Lunatic asylums United Provinces 1909-1921 - 1909-1921
Year: 1909
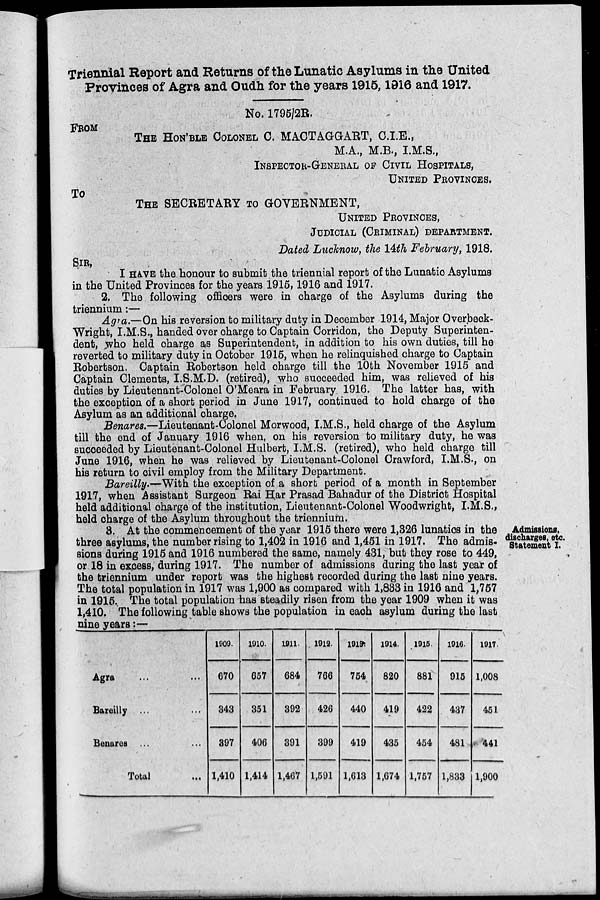
Triennial Report and Returns of the Lunatic Asylums in the United
Provinces of Agra and Oudh for the years 1915,1916 and 1917.
No. 1795/2R.
FROM
THE HON'BLE COLONEL C. MACTAGGART, C.I.E.,
M.A., M.B., I.M.S.,
INSPECTOR-GENERAL OF CIVIL HOSPITALS,
UNITED PROVINCES.
TO
THE SECRETARY TO GOVERNMENT,
UNITED PROVINCES,
JUDICIAL (CRIMINAL) DEPARTMENT.
Dated Lucknow, the 14th February, 1918.
SIR,
I HAVE the honour to submit the triennial report of the Lunatic Asylums
in the United Provinces for the years 1915, 1916 and 1917.
2. The following officers were in charge of the Asylums during the
triennium :—
Agra.—On his reversion to military duty in December 1914, Major Overbeck-
Wright, I.M.S., handed over charge to Captain Corridon, the Deputy Superinten-
dent, who held charge as Superintendent, in addition to his own duties, till he
reverted to military duty in October 1915, when he relinquished charge to Captain
Robertson. Captain Robertson held charge till the 10th November 1915 and
Captain Clements, I.S.M.D. (retired), who succeeded him, was relieved of his
duties by Lieutenant-Colonel O'Meara in February 1916. The latter has, with
the exception of a short period in June 1917, continued to hold charge of the
Asylum as an additional charge,
Benares.—Lieutenant-Colonel Morwood, I.M.S., held charge of the Asylum
till the end of January 1916 when, on his reversion to military duty, he was
succeeded by Lieutenant-Colonel Hulbert, I.M.S. (retired), who held charge till
June 1916, when he was relieved by Lieutenant-Colonel Crawford, I.M.S., on
his return to civil employ from the Military Department.
Bareilly.—With the exception of a short period of a month in September
1917, when Assistant Surgeon Rai Har Prasad Bahadur of the District Hospital
held additional charge of the institution, Lieutenant-Colonel Woodwright, I.M.S.,
held charge of the Asylum throughout the triennium.
Admissions,
discharges, etc.
Statement I.
3. At the commencement of the year 1915 there were 1,326 lunatics in the
three asylums, the number rising to 1,402 in 1916 and 1,451 in 1917. The admis-
sions during 1915 and 1916 numbered the same, namely 431, but they rose to 449,
or 18 in excess, during 1917. The number of admissions during the last year of
the triennium under report was the highest recorded during the last nine years.
The total population in 1917 was 1,900 as compared with 1,883 in 1916 and 1,757
in 1915. The total population has steadily risen from the year 1909 when it was
1,410. The following table shows the population in each asylum during the last
nine years :—
Agra ...
Bareilly ...
Benares ...
Total ...
1909.
670
343
397
1,410
1910
657
351
406
1,414
1911
684
392
391
1,467
1912.
766
426
399
1,591
1913
754
440
419
1,613
1914.
820
419
435
1,674
1915
881
422
454
1,757
1916.
915
437
481
1,833
1917
1,008
451
441
1,900